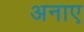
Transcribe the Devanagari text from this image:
अनाए